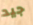
جيد